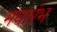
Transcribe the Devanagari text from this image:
मघारंभ